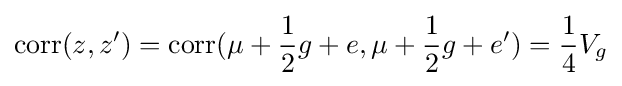
\mathrm {corr} (z,z')=\mathrm {corr} (\mu +{\frac {1}{2}}g+e,\mu +{\frac {1}{2}}g+e')={\frac {1}{4}}V_{g}